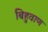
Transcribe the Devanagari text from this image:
बिहुवाण